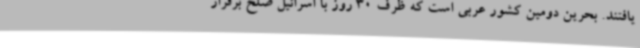
یافتند. بحرین دومین کشور عربی است که ظرف 30 روز با اسرائیل صلح برقرار